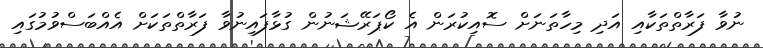
ނުވާ ފަރާތްތަކާއި އަދި މިހާތަނަށް ސޮއިކުރަން އެ ކޯޕަރޭޝަނުން ގުޅާފައިނުވާ ފަރާތްތަކަށް އެއްބަސްވުމުގައި